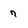
Character: 7